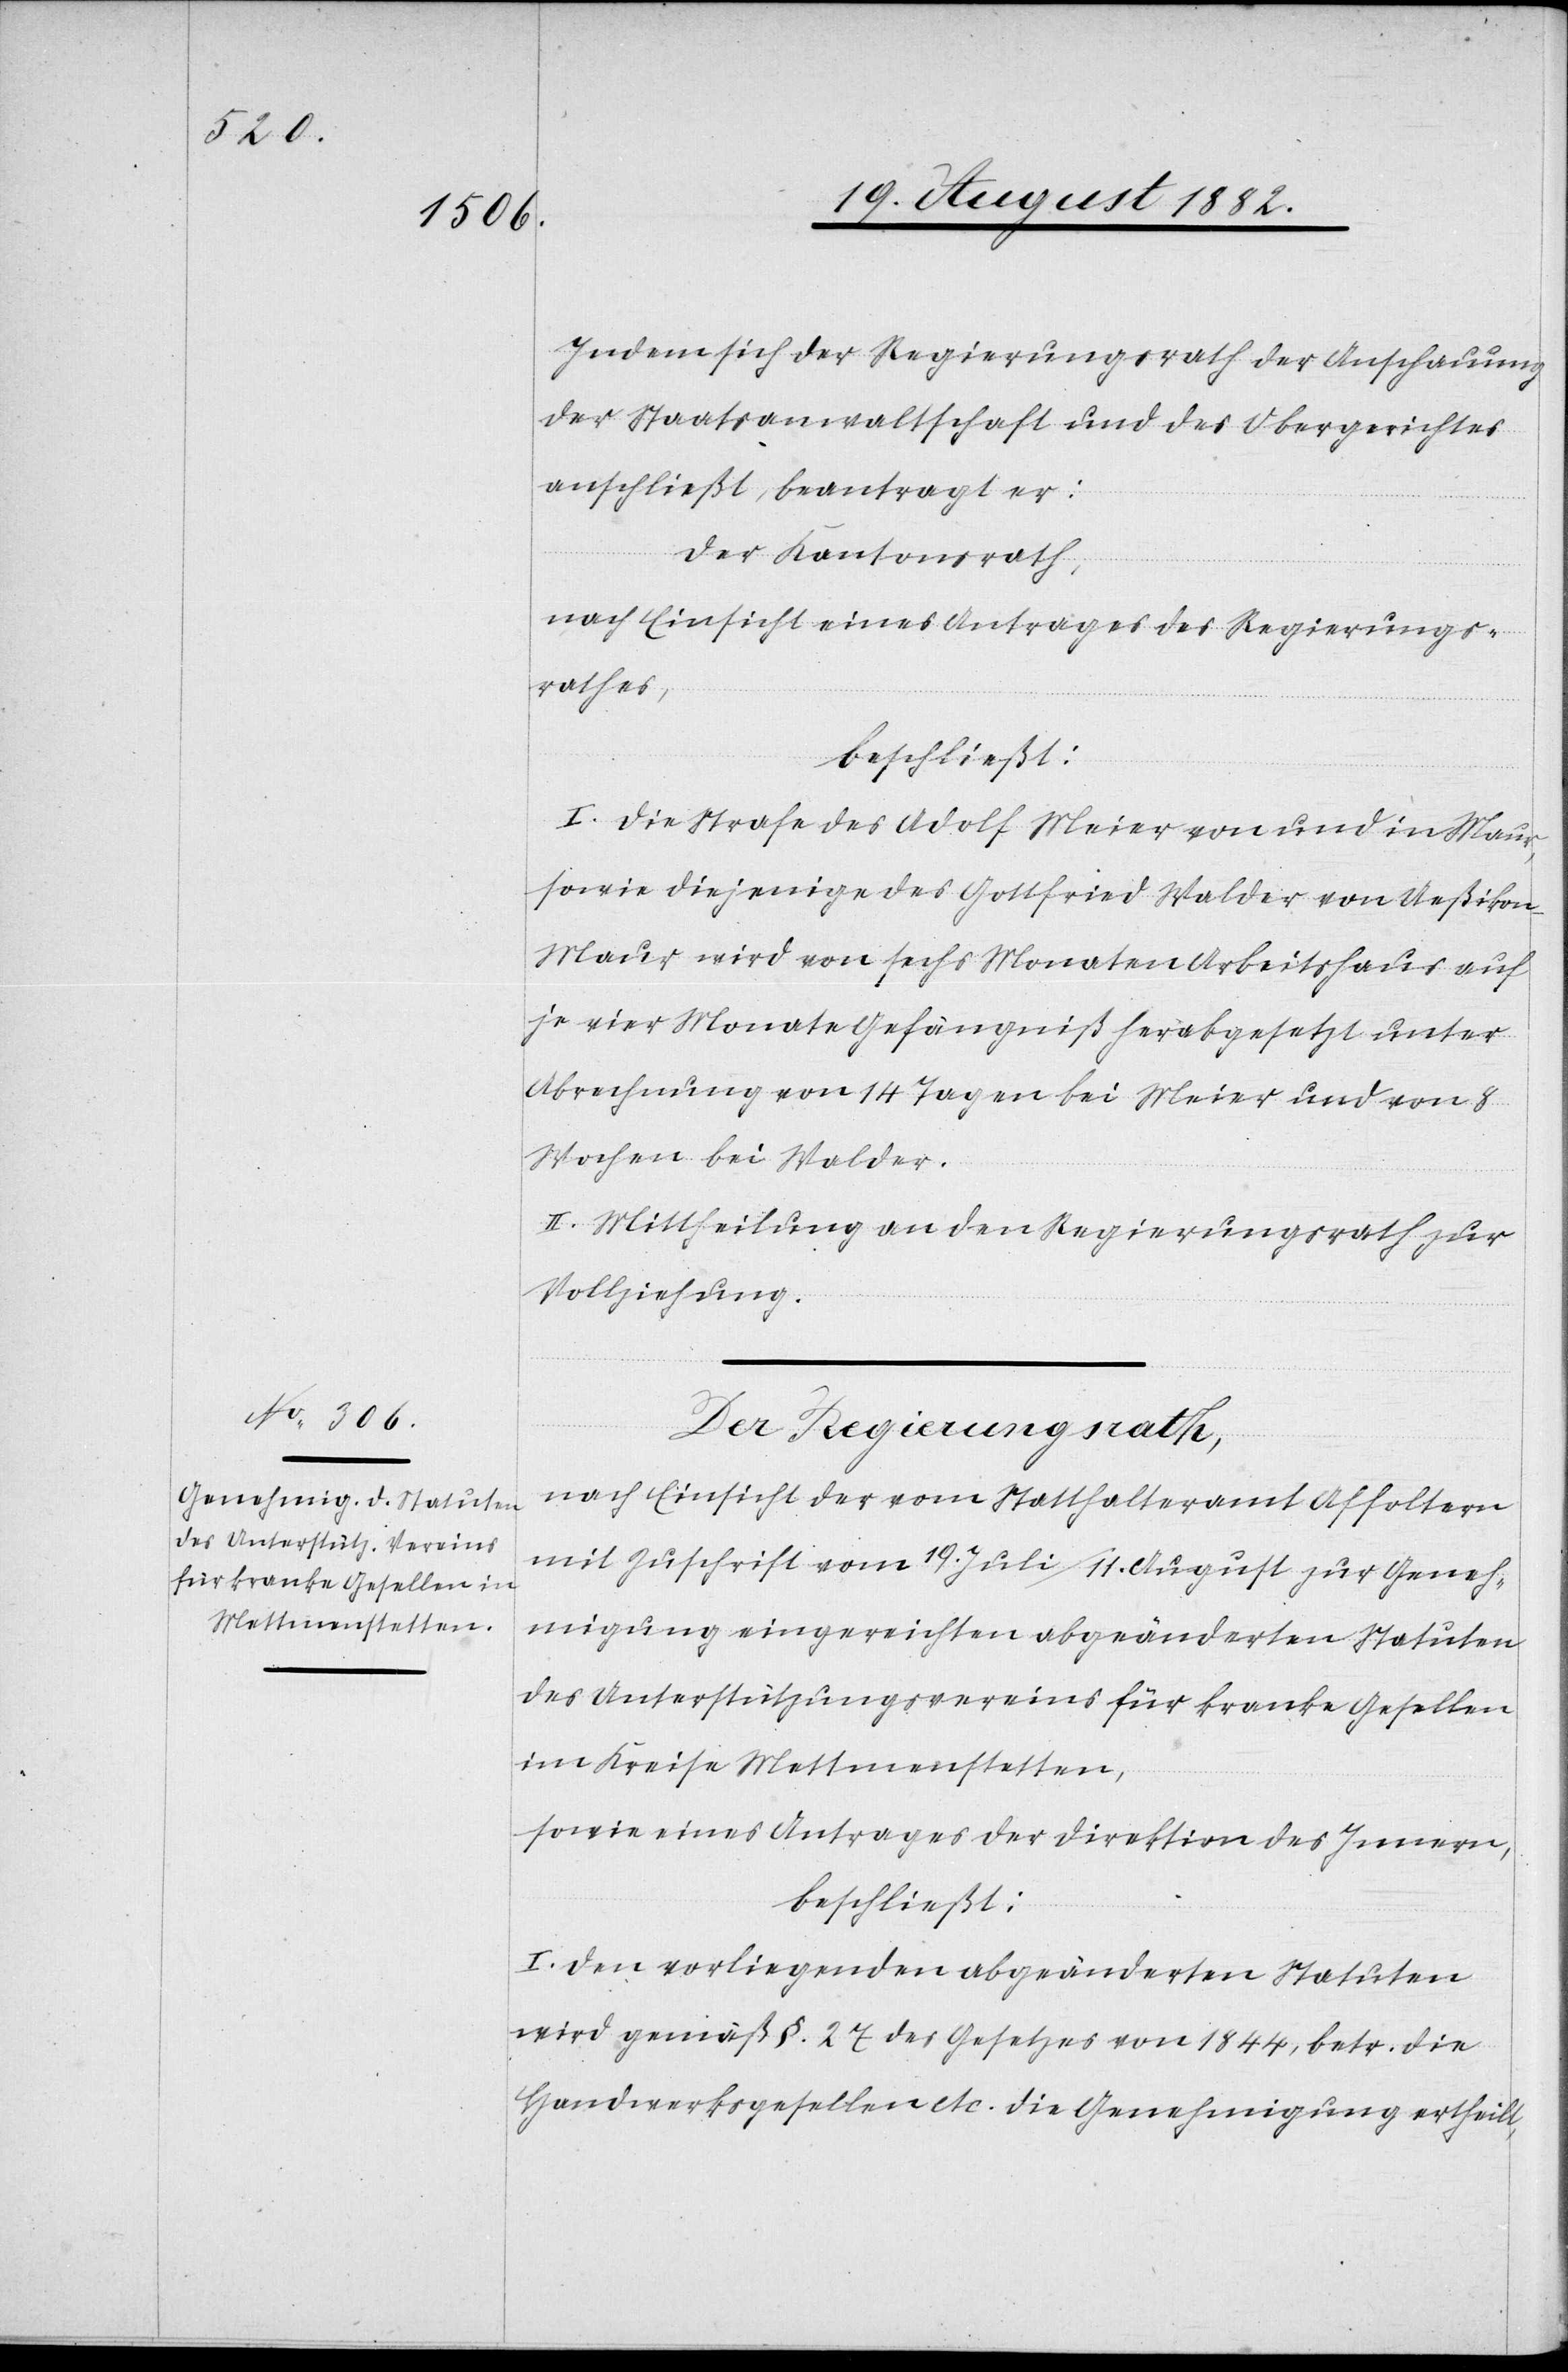
Indem sich der Regierungsrath der Anschauung
der Staatsanwaltschaft und des Obergerichtes
anschließt, beantragt er:
Der Kantonsrath,
nach Einsicht eines Antrages des Regierungs¬
rathes,
beschließt:
I. Die Strafe des Adolf Meier von und in Maur,
sowie diejenige des Gottfried Walder von Ueßikon
Maur wird von sechs Monaten Arbeitshaus auf
je vier Monate Gefängniß herabgesetzt unter
Abrechnung von 14 Tagen bei Meier und von 8
Wochen bei Walder.
II. Mittheilung an den Regierungsrath zur
Vollziehung.
Der Regierungsrath,
nach Einsicht der vom Statthalteramt Affoltern
mit Zuschrift vom 19. Juli/11. August zur Geneh¬
migung eingereichten abgeänderten Statuten
des Unterstützungsvereins für kranke Gesellen
im Kreise Mettmenstetten,
sowie eines Antrages der Direktion des Innern,
beschließt:
I. Den vorliegenden abgeänderten Statuten
wird gemäß §. 27 des Gesetzes von 1844, betr. die
Handwerksgesellen etc. die Genehmigung ertheilt,